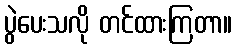
ပွဲပေးသလို တင်ထားကြတာ။